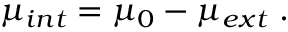
\mu _ { i n t } = \mu _ { 0 } - \mu _ { e x t } \; .